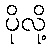
ပိုလို့